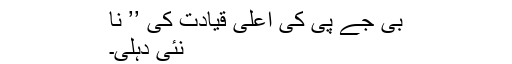
بی جے پی کی اعلیٰ قیادت کی ’’ نا
نئی دہلی۔